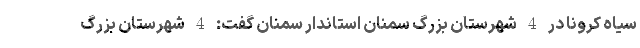
سیاه کرونا در 4 شهرستان بزرگ سمنان استاندار سمنان گفت: 4 شهرستان بزرگ